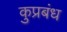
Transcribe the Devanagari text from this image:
कुप्रबंध